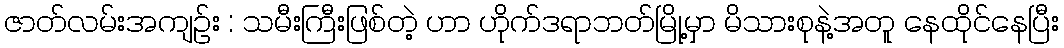
ဇာတ်လမ်းအကျဉ်း : သမီးကြီးဖြစ်တဲ့ ဟာ ဟိုက်ဒရာဘတ်မြို့မှာ မိသားစုနဲ့အတူ နေထိုင်နေပြီး